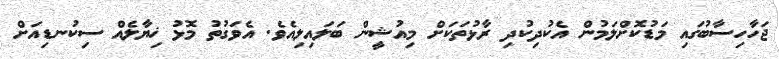
ޖަހާހިސާބުގައި މަޑުކޮށްލަމުން އެކުދިކުދި ރާޅުތަކަށް މިއުޝީން ބަލައިލިއެވެ. އެވަގުތު މޮޅު ޚިޔާލެއް ސިކުނޑިއަށް